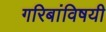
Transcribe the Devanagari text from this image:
गरिबांविषयी